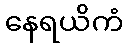
နေရယိကံ